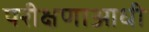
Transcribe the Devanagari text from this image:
परीक्षणाआधी